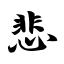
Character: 悲